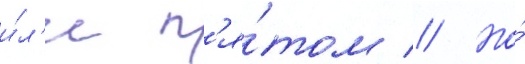
и́л'и п'я́том // Но́